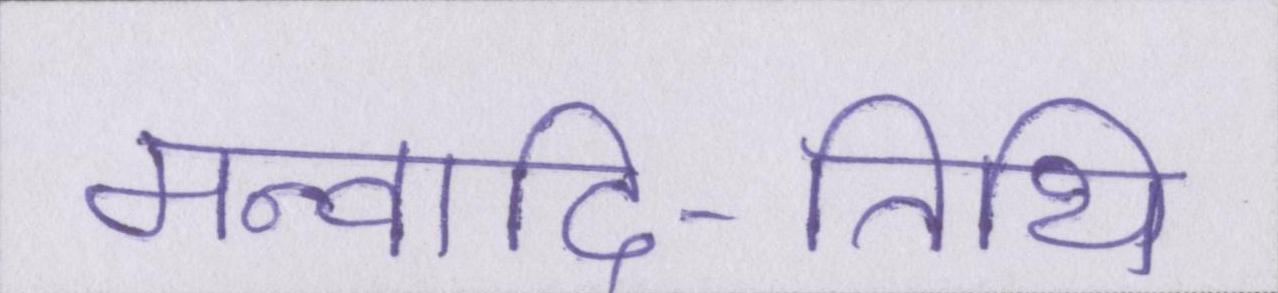
मन्वादि-तिथि